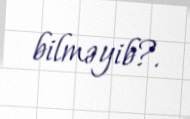
bilməyib?.